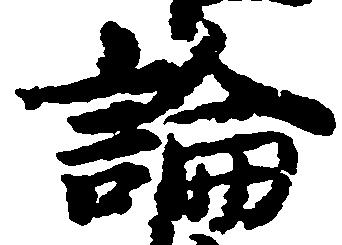
論